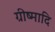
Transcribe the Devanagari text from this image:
ग्रीष्मादि